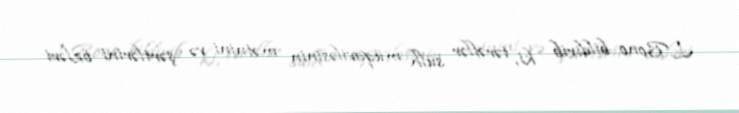
L.Bono bildirib ki, tərəflər sülh müqaviləsinin mətnini və şərtlərini özləri